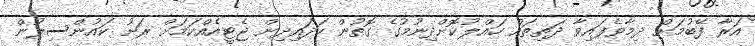
އަރާ ފޭބުމަށް ދިމާވެފައިވާ ދަތިތައް ހައްލުކޮށްދިނުމުގެ ގޮތުން ހަދައިދިން ޖެޓީއެއްކަމަށް ރަށު ކައުންސިލުން